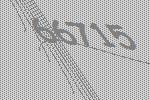
66715